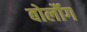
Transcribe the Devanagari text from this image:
बोर्लौग